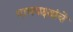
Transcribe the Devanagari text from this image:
पाणपक्ष्यांचे